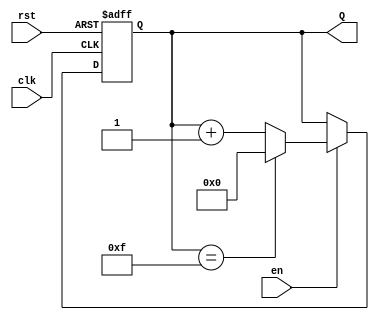
module binary_up_counter (
    input wire clk,        // Clock signal
    input wire rst,        // Asynchronous reset signal
    input wire en,         // Enable signal
    output reg [N-1:0] Q   // n-bit output count value
);
    
    parameter N = 4; // Change parameter N to set the bit-width of the counter

    // Sequential logic for the counter
    always @(posedge clk or posedge rst) begin
        if (rst) begin
            Q <= 0; // Reset counter to 0
        end else if (en) begin
            Q <= (Q == (2**N - 1)) ? 0 : Q + 1; // Increment counter with wrap-around
        end
        // If en is low, Q retains its current value.
    end

endmodule